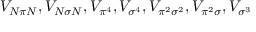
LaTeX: V _ { N \pi N } , V _ { N \sigma N } , V _ { \pi ^ { 4 } } , V _ { \sigma ^ { 4 } } , V _ { \pi ^ { 2 } \sigma ^ { 2 } } , V _ { \pi ^ { 2 } \sigma } , V _ { \sigma ^ { 3 } }